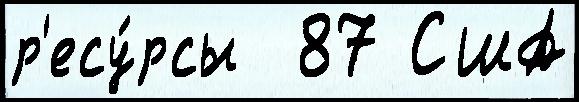
р'есу́рсы  87 США